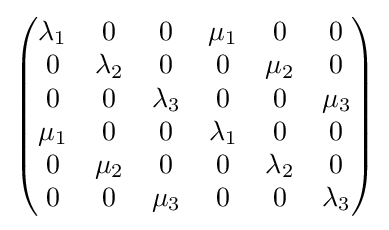
{\begin{pmatrix}\lambda _{1}&0&0&\mu _{1}&0&0\\0&\lambda _{2}&0&0&\mu _{2}&0\\0&0&\lambda _{3}&0&0&\mu _{3}\\\mu _{1}&0&0&\lambda _{1}&0&0\\0&\mu _{2}&0&0&\lambda _{2}&0\\0&0&\mu _{3}&0&0&\lambda _{3}\end{pmatrix}}